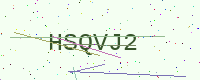
Text: HSQVJ2